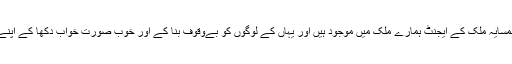
ناول میں یہ بتایا گیا ہے کہ کس طرح ہمسایہ ملک کے ایجنٹ ہمارے ملک میں موجود ہیں اور یہاں کے لوگوں کو بےوقوف بنا کے اور خوب صورت خواب دکھا کے اپنے مقاصد کے لئے استعمال کر رہے ہیں۔